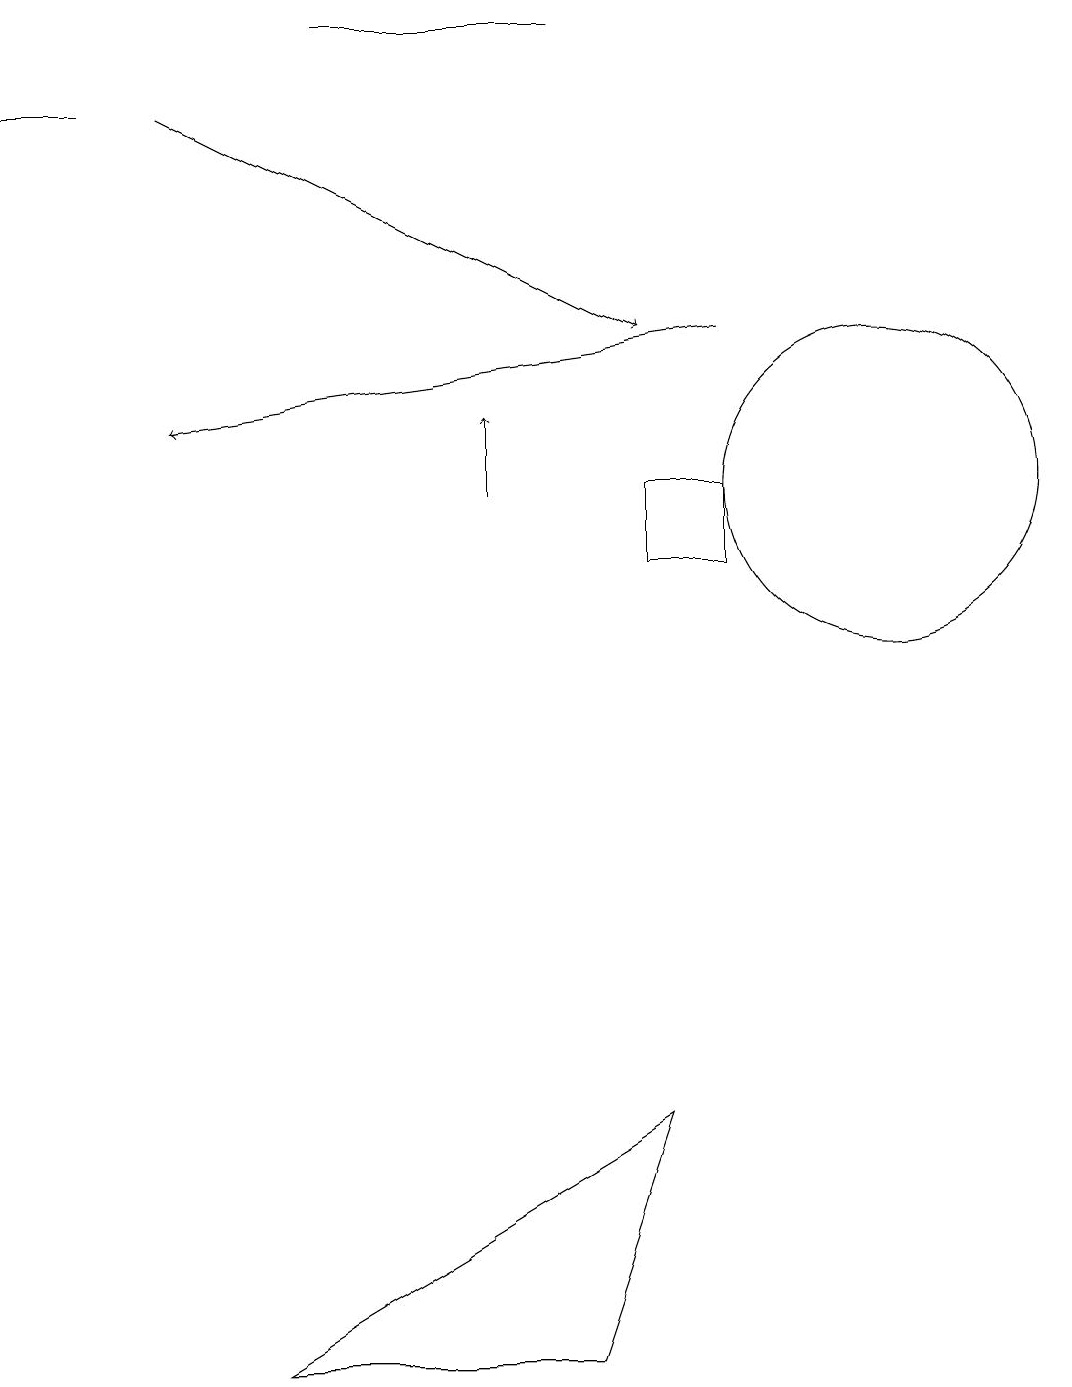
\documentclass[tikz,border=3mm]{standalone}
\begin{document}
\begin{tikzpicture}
\draw (11,12) circle (2);
\draw (1,17) rectangle (0,17);
\draw[->] (9,14) -- (2,13);
\draw (7,18) rectangle (4,18);
\draw[->] (2,17) -- (8,14);
\draw[->] (6,12) -- (6,13);
\draw (8,4) -- (7,1) -- (3,1) -- cycle;
\draw (8,12) rectangle (9,11);
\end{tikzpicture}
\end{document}